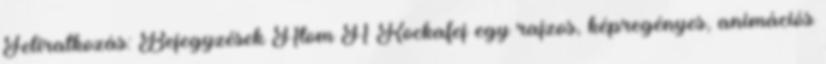
Feliratkozás: Bejegyzések Atom A Kockafej egy rajzos, képregényes, animációs